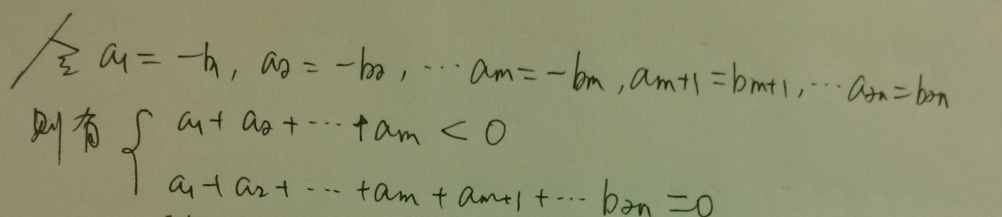
\[
\begin{cases}
a_1=-b_1, a_2=-b_2,\cdots,a_m=-b_m,a_{m + 1}=b_{m+1},\cdots,a_n=b_n\\
a_1 + a_2+\cdots+a_m<0\\
a_1 + a_2+\cdots+a_m+a_{m + 1}+\cdots+a_n = 0
\end{cases}
\]